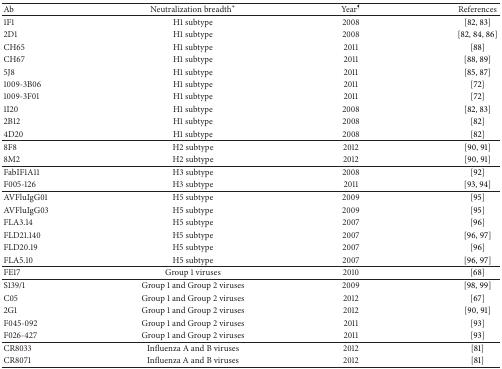
| Ab | Neutralization breadth* | Year¶ | References |
 | --- | --- | --- | --- |
 | 1F1 | H1 subtype | 2008 | [82, 83] |
 | 2D1 | H1 subtype | 2008 | [82, 84, 86] |
 | CH65 | H1 subtype | 2011 | [88] |
 | CH67 | H1 subtype | 2011 | [88, 89] |
 | 5J8 | H1 subtype | 2011 | [85, 87] |
 | 1009-3B06 | H1 subtype | 2011 | [72] |
 | 1009-3F01 | H1 subtype | 2011 | [72] |
 | 1I20 | H1 subtype | 2008 | [82, 83] |
 | 2B12 | H1 subtype | 2008 | [82] |
 | 4D20 | H1 subtype | 2008 | [82] |
 | 8F8 | H2 subtype | 2012 | [90, 91] |
 | 8M2 | H2 subtype | 2012 | [90, 91] |
 | FabIF1A11 | H3 subtype | 2008 | [92] |
 | F005-126 | H3 subtype | 2011 | [93, 94] |
 | AVFluIgG01 | H5 subtype | 2009 | [95] |
 | AVFluIgG03 | H5 subtype | 2009 | [95] |
 | FLA3.14 | H5 subtype | 2007 | [96] |
 | FLD21.140 | H5 subtype | 2007 | [96, 97] |
 | FLD20.19 | H5 subtype | 2007 | [96] |
 | FLA5.10 | H5 subtype | 2007 | [96, 97] |
 | FE17 | Group 1 viruses | 2010 | [68] |
 | S139/1 | Group 1 and Group 2 viruses | 2009 | [98, 99] |
 | C05 | Group 1 and Group 2 viruses | 2012 | [67] |
 | 2G1 | Group 1 and Group 2 viruses | 2012 | [90, 91] |
 | F045-092 | Group 1 and Group 2 viruses | 2011 | [93] |
 | F026-427 | Group 1 and Group 2 viruses | 2011 | [93] |
 | CR8033 | Influenza A and B viruses | 2012 | [81] |
 | CR8071 | Influenza A and B viruses | 2012 | [81] |